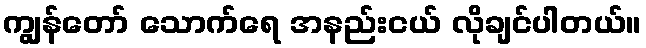
ကျွန်တော် သောက်ရေ အနည်းငယ် လိုချင်ပါတယ်။